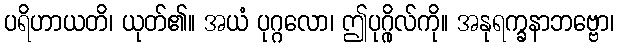
ပရိဟာယတိ၊ ယုတ်၏။ အယံ ပုဂ္ဂလော၊ ဤပုဂ္ဂိုလ်ကို။ အနုရက္ခနာဘဗ္ဗော၊